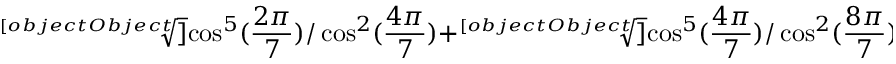
{ \sqrt [ [object Object] ] { \cos ^ { 5 } ( { \frac { 2 \pi } { 7 } } ) / \cos ^ { 2 } ( { \frac { 4 \pi } { 7 } } ) } } + { \sqrt [ [object Object] ] { \cos ^ { 5 } ( { \frac { 4 \pi } { 7 } } ) / \cos ^ { 2 } ( { \frac { 8 \pi } { 7 } } ) } } + { \sqrt [ [object Object] ] { \cos ^ { 5 } ( { \frac { 8 \pi } { 7 } } ) / \cos ^ { 2 } ( { \frac { 2 \pi } { 7 } } ) } } = 0 .